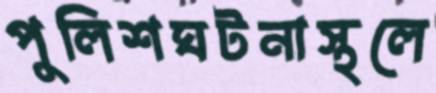
পুলিশঘটনাস্থলে